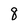
Character: 8